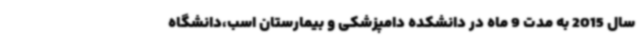
سال 2015 به مدت 9 ماه در دانشکده دامپزشکی و بیمارستان اسب،دانشگاه